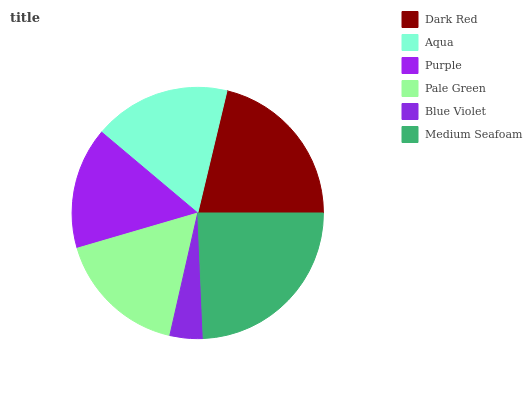
| Dark Red | Aqua | Purple | Pale Green | Blue Violet | Medium Seafoam |
 | --- | --- | --- | --- | --- | --- |
 | 21.3% | 17.6% | 15.6% | 16.8% | 4.26% | 24.3% |